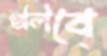
গুলিবে